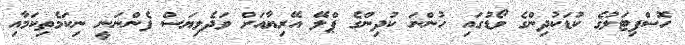
ހޮސްޕިޓަލުގެ ކުޑަކުދިންގެ ވޯޑުގައި ހުންނަ ކުދިންގެ ޕްލޭ އޭރިޔާއަށް ވަދެލިޔަސް ފެންނަނީ ނިކަމެތިކަމާއި